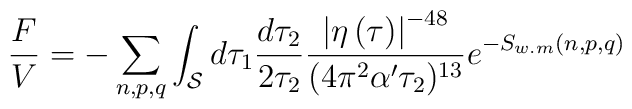
\frac{F}{V}=-\sum_{n,p,q}\int_{\cal S} d\tau_1 \frac{d\tau_2}{2\tau_2} \frac{\left| \eta\left(\tau\right)\right|^{-48}}{(4\pi^2\alpha'\tau_2)^{13}}e^{-S_{w.m}(n,p,q)}